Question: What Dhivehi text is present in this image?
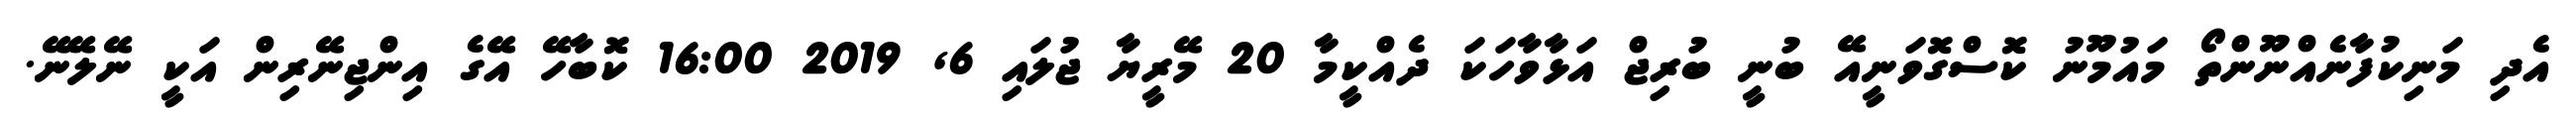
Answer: އެދި މަނިކުފާނެއްނޫންތޯ މައުމޫނު ކޮސްގޮވަނީއޭ ބުނީ ބުރިޖް އަޅާވާހަކަ ދެއްކީމާ 20 މޭރީޔާ ޖުލައި 6, 2019 16:00 ކޮބާހޭ އޭގެ އިންޖިނޭރިން އަކީ ނޭލޭނޭ.